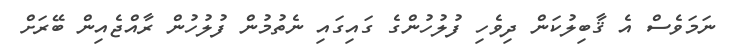
ނަމަވެސް އެ ޤާބިލުކަން ދިވެހި ފުލުހުންގެ ގައިގައި ނެތުމުން ފުލުހުން ރާއްޖެއިން ބޭރަށް